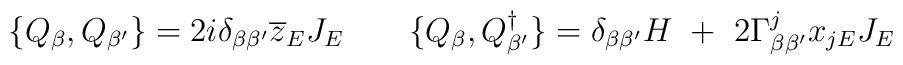
\{Q_{\beta}, Q_{\beta'} \}  =  2i  \delta_{\beta\beta'}\overline{z}_EJ_E \quad\quad \{Q_{\beta}, Q_{\beta'}^{\dagger}\} = \delta_{\beta\beta'}H \ + \ 2 \Gamma_{\beta\beta'}^j x_{jE}J_E